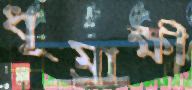
ধূম্রাক্ষী